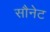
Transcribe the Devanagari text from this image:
सौनेट